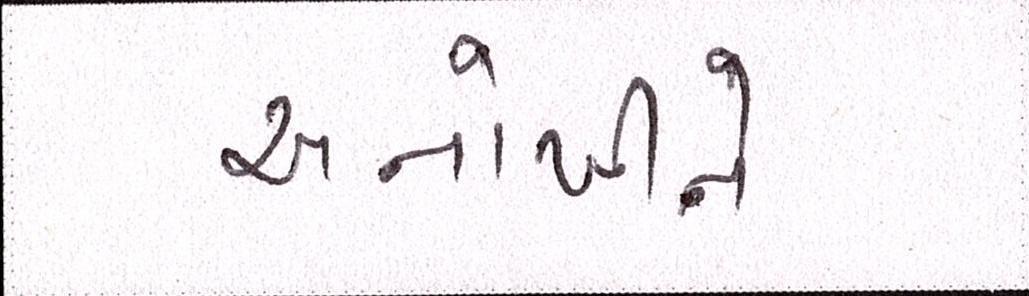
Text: અનોખીને